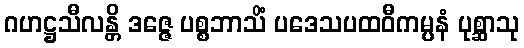
ဂဟဋ္ဌသီလန္တိ ဒဇ္ဇေ ပစ္စဘာသိံ ပဒေသပထဝီကမ္ပနံ ပုစ္ဆာသု